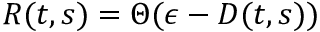
R ( t , s ) = \Theta ( \epsilon - D ( t , s ) )